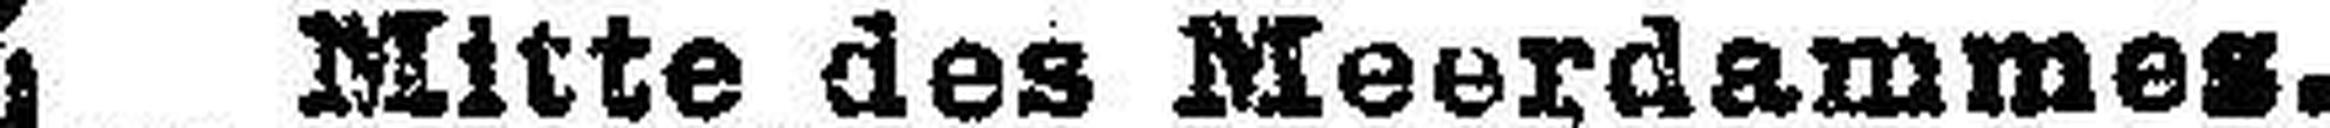
Mitte des Meerdammes.